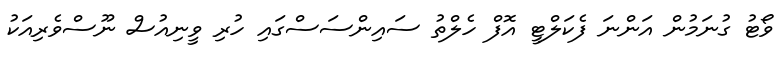
ވޯޓު ގުނަމުން އަންނަ ފެކަލްޓީ އޮފް ހެލްތު ސައިންސަސްގައި ހުރި ވީނިއުސް ނޫސްވެރިއަކު